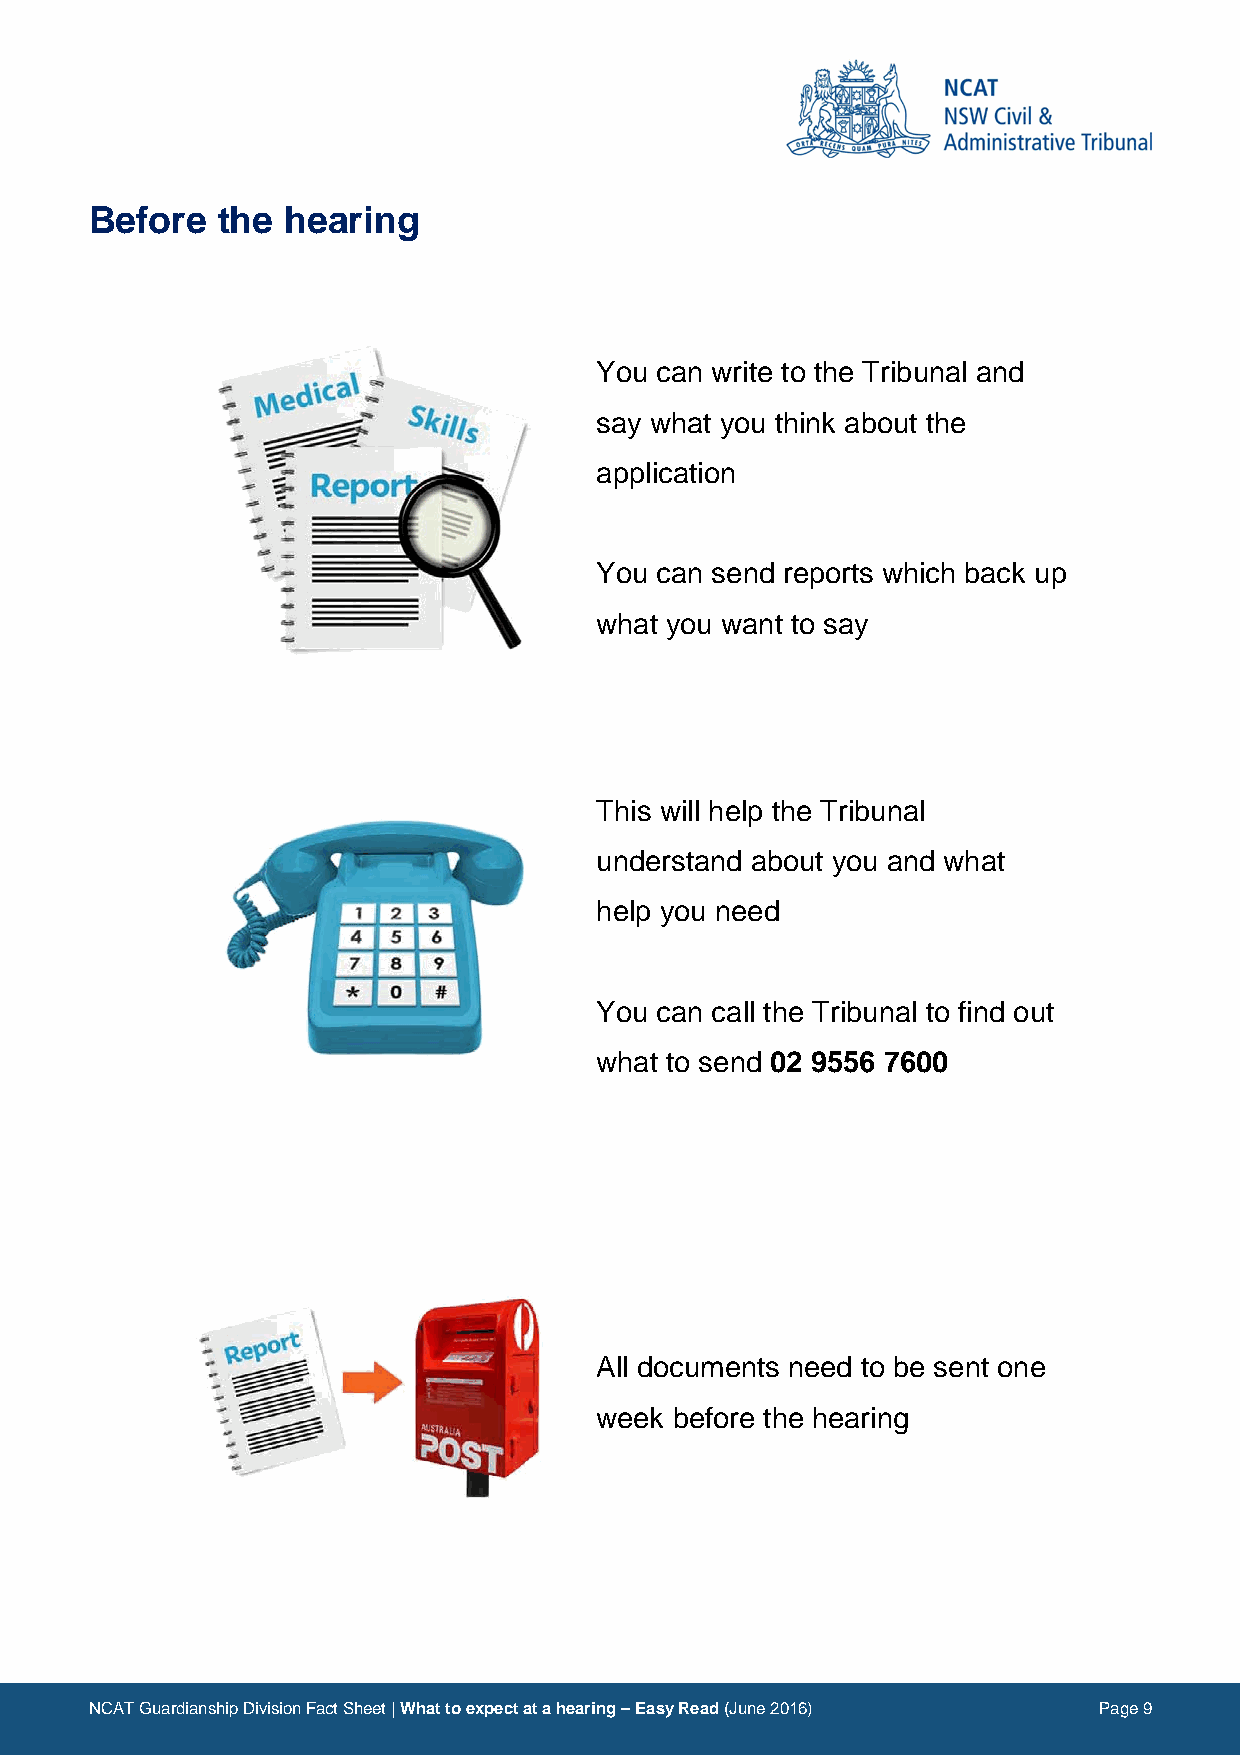
Before  the  hearing
 Image                      Description
 You can write to the Tribunal and
 say what you think about the
 application
 You can send reports which back up
 what you want to say
 This will help the Tribunal
 understand about you and what
 help you need
 You can call the Tribunal to find out
 what to send 02 9556 7600
 All documents need to be sent one
 week  before the hearing
 NCAT Guardianship Division Fact Sheet | What to expect at a hearing – Easy Read (June 2016) Page 9